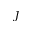
J